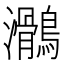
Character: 𪆸